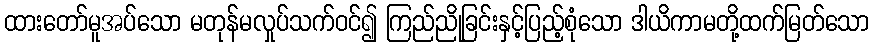
ထားတော်မူအပ်သော မတုန်မလှုပ်သက်ဝင်၍ ကြည်ညိုခြင်းနှင့်ပြည့်စုံသော ဒါယိကာမတို့ထက်မြတ်သော